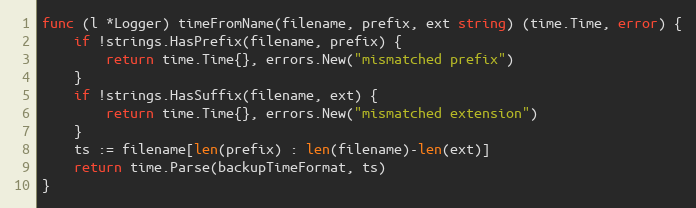
Language: Go
func (l *Logger) timeFromName(filename, prefix, ext string) (time.Time, error) {
	if !strings.HasPrefix(filename, prefix) {
		return time.Time{}, errors.New("mismatched prefix")
	}
	if !strings.HasSuffix(filename, ext) {
		return time.Time{}, errors.New("mismatched extension")
	}
	ts := filename[len(prefix) : len(filename)-len(ext)]
	return time.Parse(backupTimeFormat, ts)
}